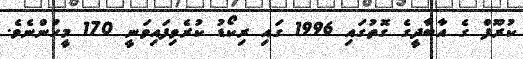
ކުރޫފް ގެ އާބާދީގެ ގޮތުގައި 1996 ގައި ރިކޯޑު ކުރެވިފައިވަނީ 170 މީހުންނެވެ.